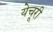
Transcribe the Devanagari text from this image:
येचूरी